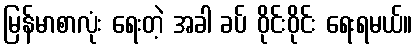
မြန်မာစာလုံး ရေးတဲ့ အခါ ခပ် ဝိုင်းဝိုင်း ရေးရမယ်။